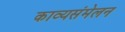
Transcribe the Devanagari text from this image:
काव्यसंमेलन